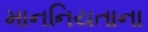
માનનિયતાના